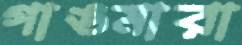
গাঙমারা